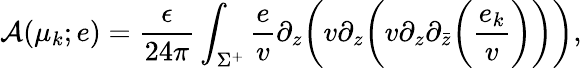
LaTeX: {\cal A}(\mu_{k};e)={\frac{\epsilon}{24\pi}}\int_{\Sigma^{+}}{\frac{e}{v}}\partial_{z}\bigg(v\partial_{z}\bigg(v\partial_{z}\partial_{\bar{z}}\bigg({\frac{e_{k}}{v}}\bigg)\bigg)\bigg),